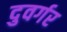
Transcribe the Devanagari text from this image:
दुवर्गर